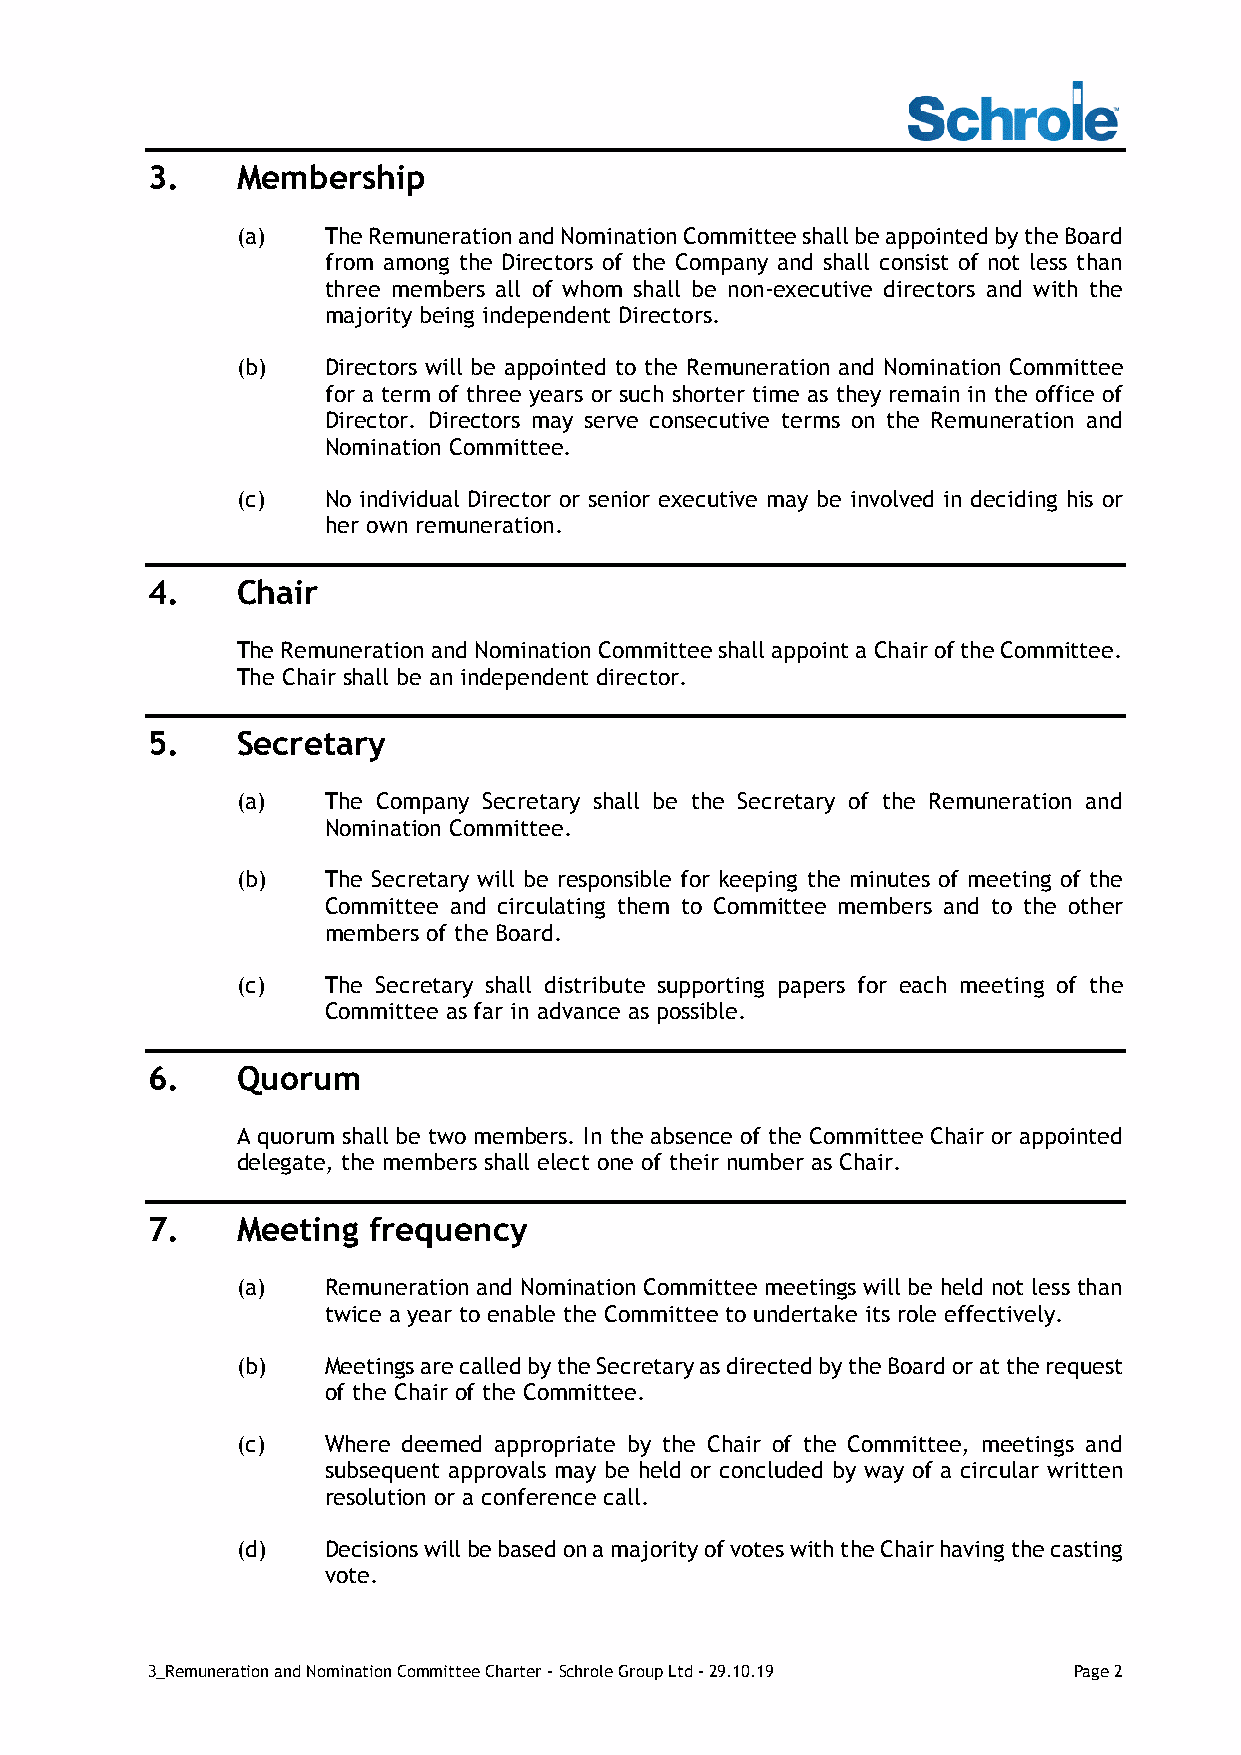
3.    Membership
 (a)   The Remuneration and Nomination Committee shall be appointed by the Board
 from among the Directors of the Company and shall consist of not less than
 three members all of whom shall be non-executive directors and with the
 majority being independent Directors.
 (b)   Directors will be appointed to the Remuneration and Nomination Committee
 for a term of three years or such shorter time as they remain in the office of
 Director. Directors may serve consecutive terms on the Remuneration and
 Nomination Committee.
 (c)   No individual Director or senior executive may be involved in deciding his or
 her own remuneration.
 4.    Chair
 The Remuneration and Nomination Committee shall appoint a Chair of the Committee.
 The Chair shall be an independent director.
 5.    Secretary
 (a)   The Company Secretary shall be the Secretary of the Remuneration and
 Nomination Committee.
 (b)   The Secretary will be responsible for keeping the minutes of meeting of the
 Committee and circulating them to Committee members and to the other
 members of the Board.
 (c)   The Secretary shall distribute supporting papers for each meeting of the
 Committee as far in advance as possible.
 6.    Quorum
 A quorum shall be two members. In the absence of the Committee Chair or appointed
 delegate, the members shall elect one of their number as Chair.
 7.    Meeting frequency
 (a)   Remuneration and Nomination Committee meetings will be held not less than
 twice a year to enable the Committee to undertake its role effectively.
 (b)   Meetings are called by the Secretary as directed by the Board or at the request
 of the Chair of the Committee.
 (c)   Where deemed appropriate by the Chair of the Committee, meetings and
 subsequent approvals may be held or concluded by way of a circular written
 resolution or a conference call.
 (d)   Decisions will be based on a majority of votes with the Chair having the casting
 vote.
 3_Remuneration and Nomination Committee Charter - Schrole Group Ltd - 29.10.19 Page 2